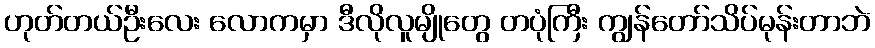
ဟုတ်တယ်ဦးလေး လောကမှာ ဒီလိုလူမျိုတွေ တပုံကြီး ကျွန်တော်သိပ်မုန်းတာဘဲ